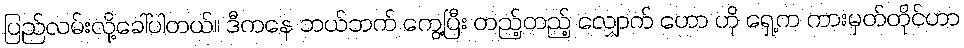
ပြည်လမ်းလို့ခေါ်ပါတယ်။ ဒီကနေ ဘယ်ဘက် ကွေ့ပြီး တည့်တည့် လျှောက် ဟော ဟို ရှေ့က ကားမှတ်တိုင်ဟာ